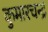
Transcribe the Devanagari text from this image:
कुमारचन्द्र